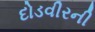
દોડવીરની